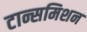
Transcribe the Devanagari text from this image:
टान्समिशन